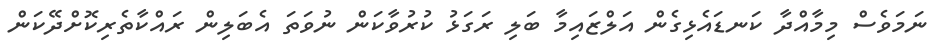
ނަމަވެސް މިމާއްދާ ކަނޑައެޅިގެން އަލްޒައިމާ ބަލި ރަގަޅު ކުރުވާކަން ނުވަތަ އެބަލިން ރައްކާތެރިކޮށްދޭކަން